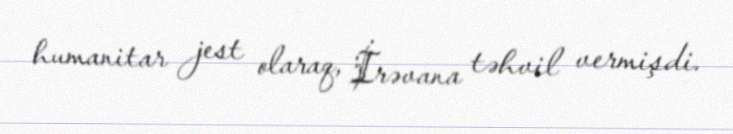
humanitar jest olaraq, İrəvana təhvil vermişdi.